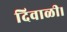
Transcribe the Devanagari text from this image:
दिवाळी।